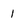
Character: l